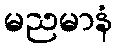
မညမာနံ